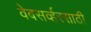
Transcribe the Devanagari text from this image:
वेबसर्व्हरसाठी